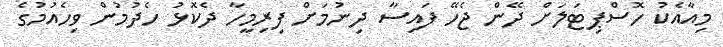
މިއާއެކު ހޮސްޕިޓަލަށް ދޭން ޖެހޭ ފައިސާ ދިނުމަށް ފިރިމީހާ ދެކޮޅު ހެދުމުން ވިހެއުމުގެ